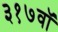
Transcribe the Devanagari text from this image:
३१७वॉ